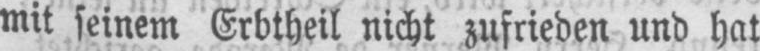
mit seinem Erbtheil nicht zufrieden und hat